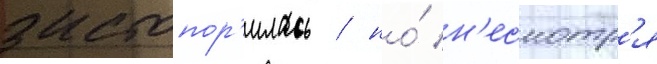
застопор'илась / но́ н'есмотр'я